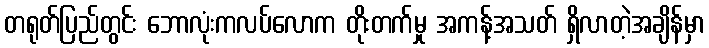
တရုတ်ပြည်တွင်း ဘောလုံးကလပ်လောက တိုးတက်မှု အကန့်အသတ် ရှိလာတဲ့အချိန်မှာ